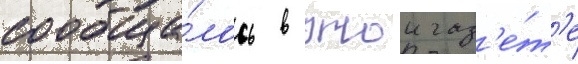
сообща́лось в этои газ'е́т'е